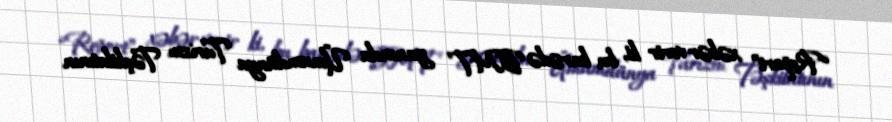
“Report” xəbər verir ki, bu barədə BMT yanında Ümumdünya Turizm Təşkilatının